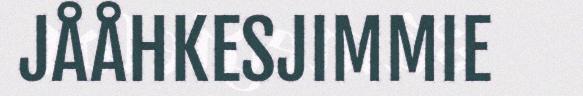
JÅÅHKESJIMMIE